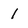
Character: 1